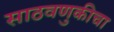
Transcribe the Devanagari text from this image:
साठवणुकीचा